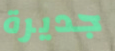
جديرة